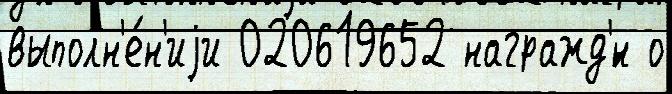
выполн'е́н'иjи 020619652 награжд'́н о